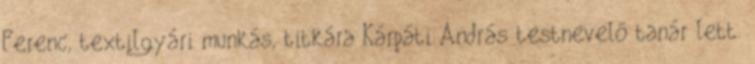
Ferenc, textilgyári munkás, titkára Kárpáti András testnevelő tanár lett.